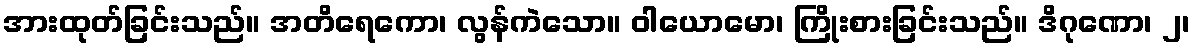
အားထုတ်ခြင်းသည်။ အတိရေကော၊ လွန်ကဲသော။ ဝါယောမော၊ ကြိုးစားခြင်းသည်။ ဒိဂုဏော၊ ၂၊